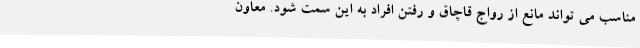
مناسب می تواند مانع از رواج قاچاق و رفتن افراد به این سمت شود. معاون